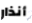
أنذار